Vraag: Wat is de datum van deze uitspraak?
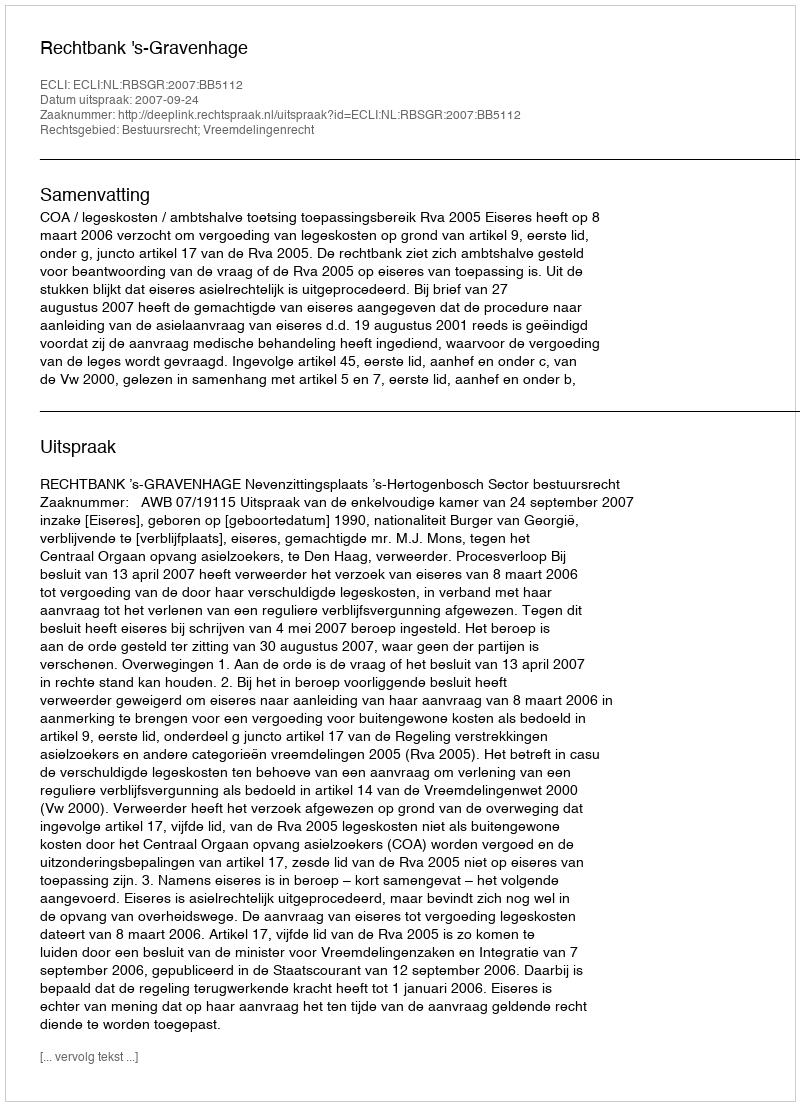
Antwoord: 2007-09-24